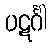
ပဋင်္ဂါ